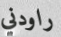
راودني